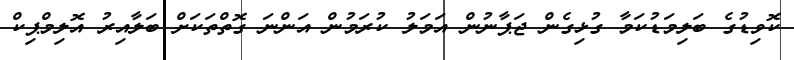
ކޮވިޑުގެ ބަލިމަޑުކަމާ ގުޅިގެން ޖަޕާނުން އަމަލު ކުރަމުން އަންނަ ގޮތްތަކަށް ބަލާއިރު އޮލިމްޕިކް